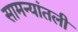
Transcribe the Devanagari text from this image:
सामन्यांतली